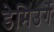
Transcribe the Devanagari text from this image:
डेमिउर्गे